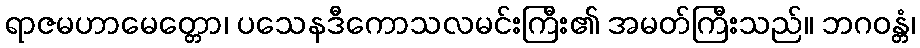
ရာဇမဟာမေတ္တော၊ ပသေနဒီကောသလမင်းကြီး၏ အမတ်ကြီးသည်။ ဘဂဝန္တံ၊